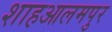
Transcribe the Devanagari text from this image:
शाहआलमपुर